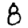
Digit: 8